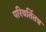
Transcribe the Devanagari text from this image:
परिवर्तितत्र